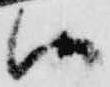
候